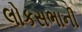
લોકસભાની